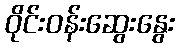
ဝိုင်းဝန်းဆွေးနွေး